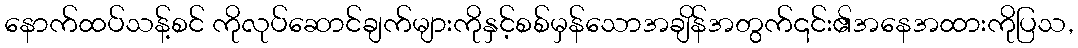
နောက်ထပ်သန့်စင် ကိုလုပ်ဆောင်ချက်များကိုနှင့်စစ်မှန်သောအချိန်အတွက်၎င်း၏အနေအထားကိုပြသ,